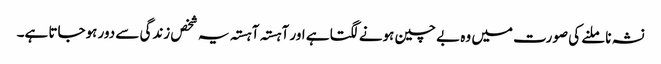
نشہ نا ملنے کی صورت میں وہ بے چین ہونے لگتا ہے اور آہستہ آہستہ یہ شخص زندگی سے دور ہوجاتا ہے۔